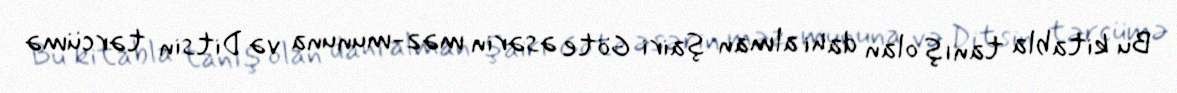
Bu kitabla tanış olan dahi alman şairi Göte əsərin məz-mununa və Ditsin tərcümə